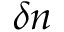
\delta n